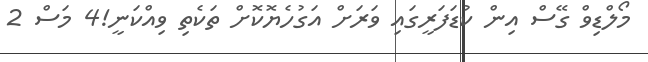
މޯލްޑިވް ގޭސް އިން ކުޑަފަރީގައި ވަރަށް އަގުހެޔޮކޮށް ތަކެތި ވިއްކަނީ!4 މަސް 2